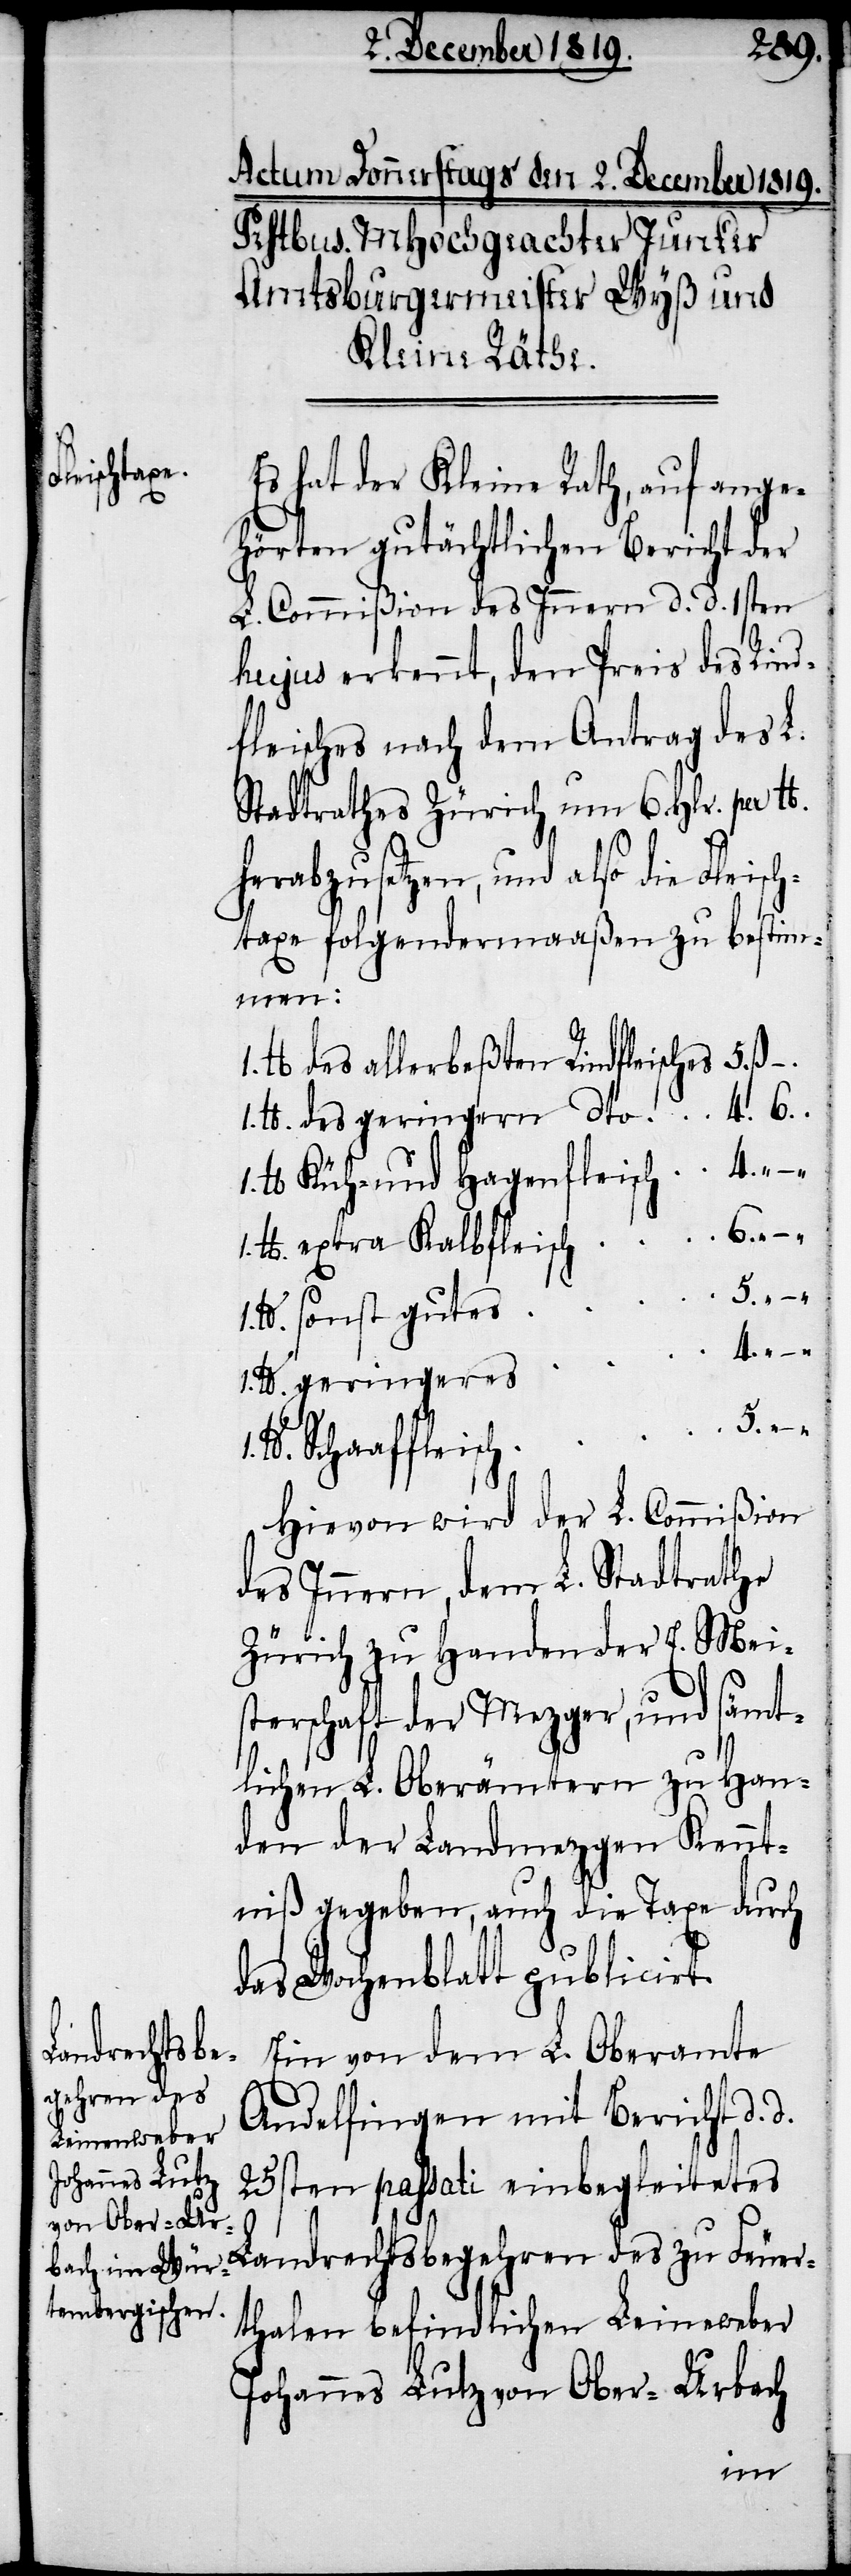
Es hat der Kleine Rath, nach ange¬
hörtem gutächtlichen Bericht der
L. Commißion des Innern d. d. 1sten
hujus erkennt, den Preis des Rind¬
fleisches nach dem Antrag des L.
Stadtrathes Zürich um 6. Hlr. per lb.
herabzusetzen, und also die Fleisc¬
htaxe folgendermaaßen zu bestim¬
men:
lb. des allerbeßten Rindfleisches 	5. ß.
1. lb. des geringern dto	4. 6.
lb. Küh- und Hagenfleisch	4. " –
lb. extra Kalbfleisch	6. " –
lb. sonst gutes 	5.
1. lb. geringeres
lb. Schaaffleisch	5. " –
Hievon wird der L. Commißion
des Innern, dem L. Stadtrathe
Zürich zu Handen der E. Mei¬
sterschaft der Mezger, und sämt¬
lichen L. Oberämtern zu Han¬
den der Landmezgen Kennt¬
niß gegeben, auch die Taxe durch
das Wochenblatt publicirt.
Ein von dem L. Oberamte
Andelfingen mit Bericht d. d.
25sten passati einbegleitetes
Landrechtsbegehren des zu Feuer¬
thalen befindlichen Leineweber
Johannes Lutz von Ober-Urbach